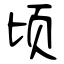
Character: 顷